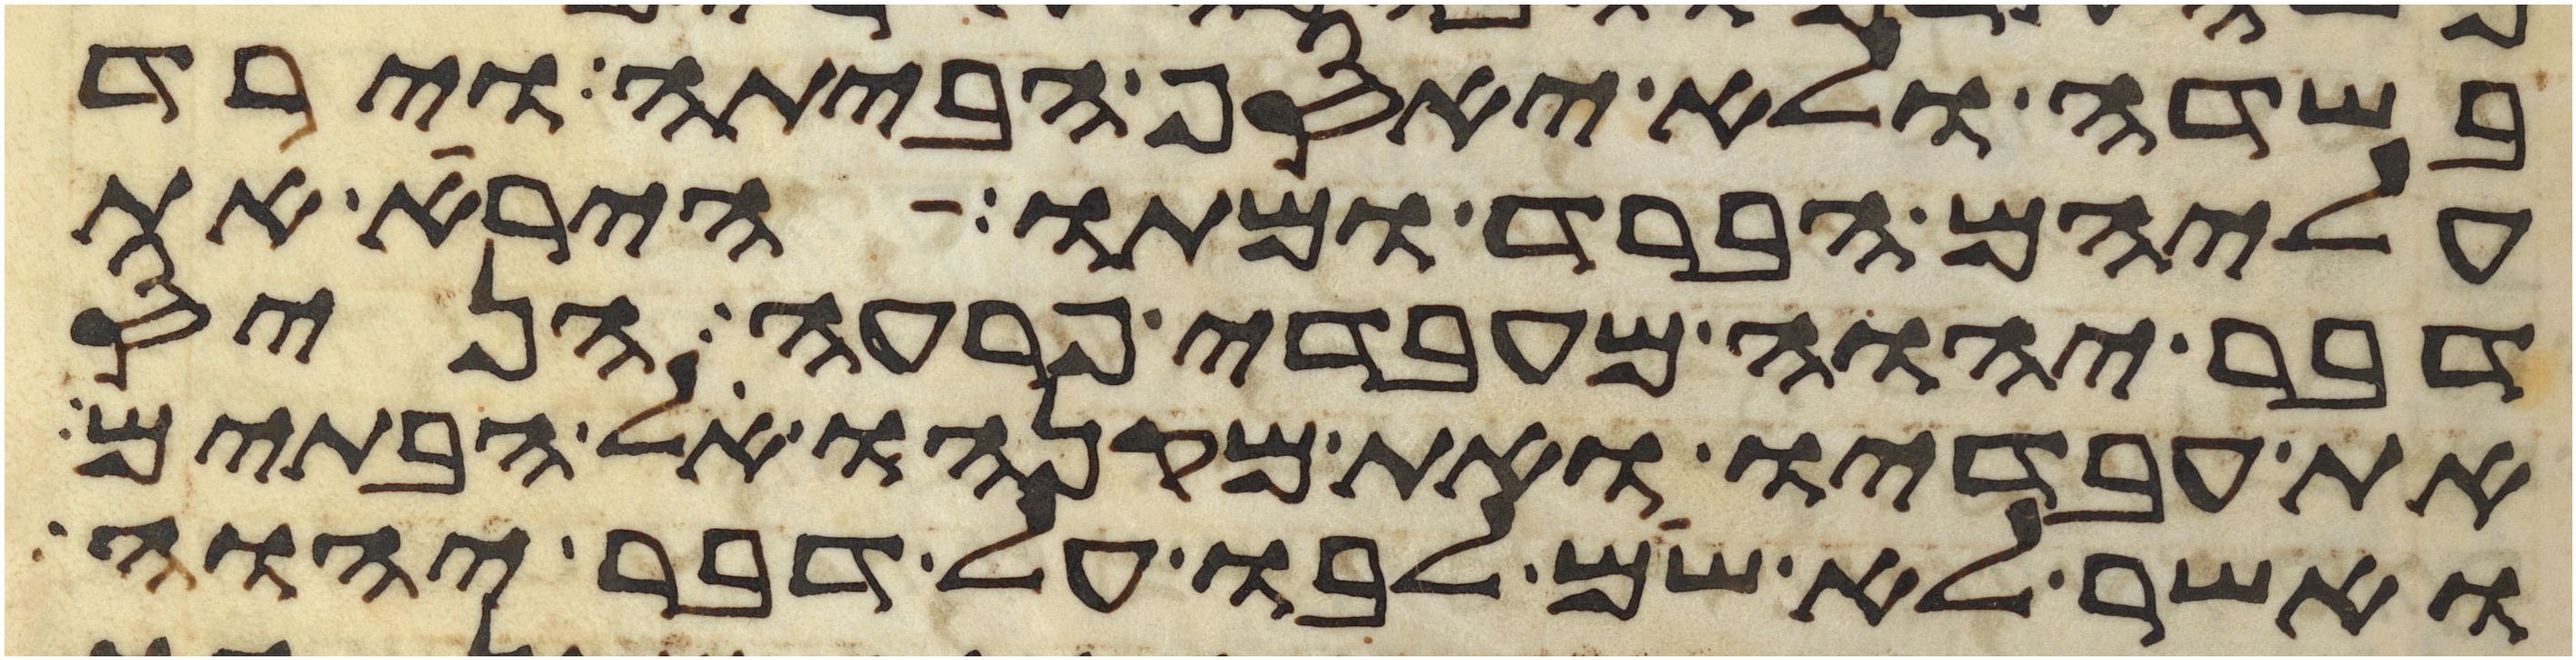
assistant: בשדה ולא יאסף הביתה וירד
עליהם הברד ומתו הירא את
דבר יהוה מעבדי פרעה הניס
את עבדיו ואת מקנהו אל הבתים
ואשר לא שם לבו על דבר יהוה